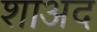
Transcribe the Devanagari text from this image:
शाअद